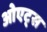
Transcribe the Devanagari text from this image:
ओएट्स